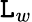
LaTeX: \mathtt{L}_{w}